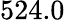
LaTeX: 524.0